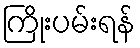
ကြိုးပမ်းရန်